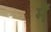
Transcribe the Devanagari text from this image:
मेंे